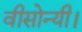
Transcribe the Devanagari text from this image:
वीसोन्यी।